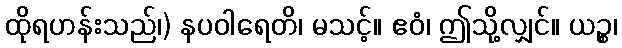
ထိုရဟန်းသည်၊) နပဝါရေတိ၊ မသင့်။ ဧဝံ၊ ဤသို့လျှင်။ ယဉ္စ၊